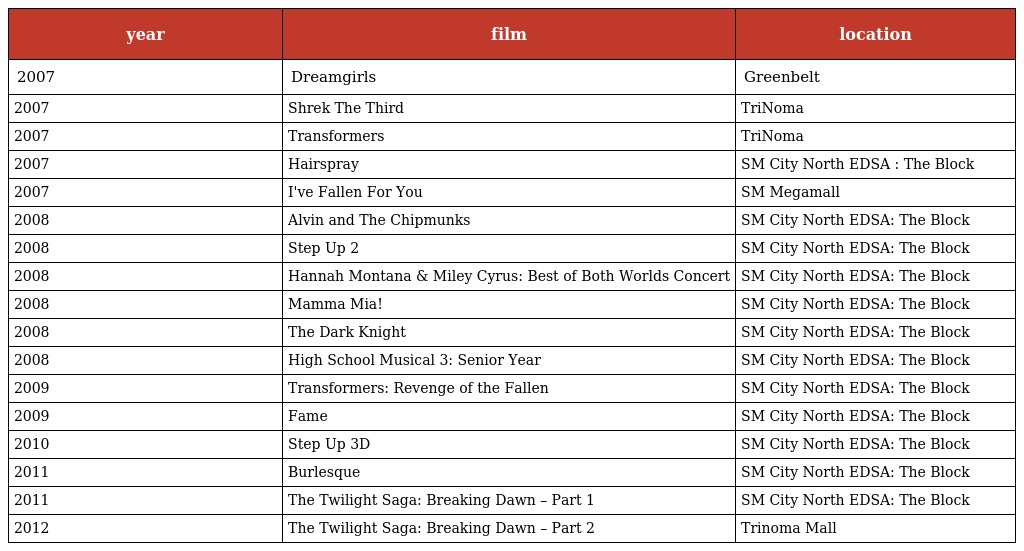
| year | film | location |
 | --- | --- | --- |
 | 2007 | Dreamgirls | Greenbelt |
 | 2007 | Shrek The Third | TriNoma |
 | 2007 | Transformers | TriNoma |
 | 2007 | Hairspray | SM City North EDSA : The Block |
 | 2007 | I've Fallen For You | SM Megamall |
 | 2008 | Alvin and The Chipmunks | SM City North EDSA: The Block |
 | 2008 | Step Up 2 | SM City North EDSA: The Block |
 | 2008 | Hannah Montana & Miley Cyrus: Best of Both Worlds Concert | SM City North EDSA: The Block |
 | 2008 | Mamma Mia! | SM City North EDSA: The Block |
 | 2008 | The Dark Knight | SM City North EDSA: The Block |
 | 2008 | High School Musical 3: Senior Year | SM City North EDSA: The Block |
 | 2009 | Transformers: Revenge of the Fallen | SM City North EDSA: The Block |
 | 2009 | Fame | SM City North EDSA: The Block |
 | 2010 | Step Up 3D | SM City North EDSA: The Block |
 | 2011 | Burlesque | SM City North EDSA: The Block |
 | 2011 | The Twilight Saga: Breaking Dawn – Part 1 | SM City North EDSA: The Block |
 | 2012 | The Twilight Saga: Breaking Dawn – Part 2 | Trinoma Mall |